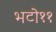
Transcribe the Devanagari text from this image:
भटो११